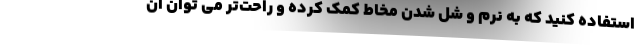
استفاده کنید که به نرم و شل شدن مخاط کمک کرده و راحت‌تر می توان آن